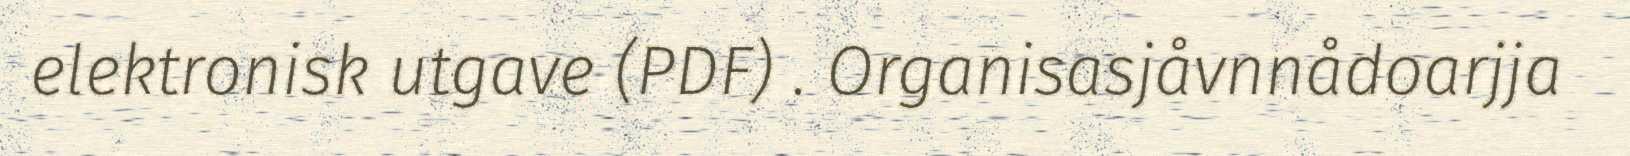
elektronisk utgave (PDF) . Organisasjåvnnådoarjja